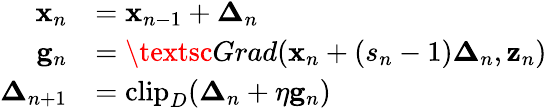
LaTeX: \begin{array}{rl}{{\mathbf x}_{n}}&{={\mathbf x}_{n-1}+{\boldsymbol\Delta}_{n}}\\ {\mathbf{g}_{n}}&{=\textsc{Grad}({\mathbf x}_{n}+(s_{n}-1){\boldsymbol\Delta}_{n},{\mathbf z}_{n})}\\ {{\boldsymbol\Delta}_{n+1}}&{=\mathrm{clip}_{D}({\boldsymbol\Delta}_{n}+\eta\mathbf{g}_{n})}\end{array}